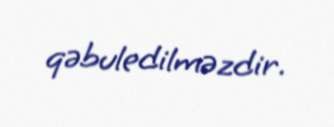
qəbuledilməzdir.